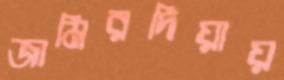
জামিরদিয়ায়